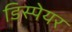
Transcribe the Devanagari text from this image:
डिस्पेयर